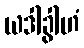
ယဒါခွါဟံ